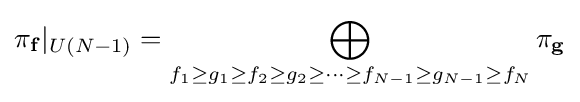
\pi _{\mathbf {f} }|_{U(N-1)}=\bigoplus _{f_{1}\geq g_{1}\geq f_{2}\geq g_{2}\geq \cdots \geq f_{N-1}\geq g_{N-1}\geq f_{N}}\pi _{\mathbf {g} }